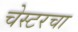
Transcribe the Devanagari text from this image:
चेस्टरचा